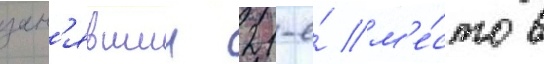
зан'явшии 21-е́ м'е́сто в